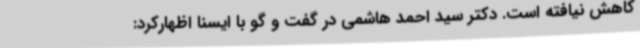
کاهش نیافته است. دکتر سید احمد هاشمی در گفت و گو با ایسنا اظهارکرد: